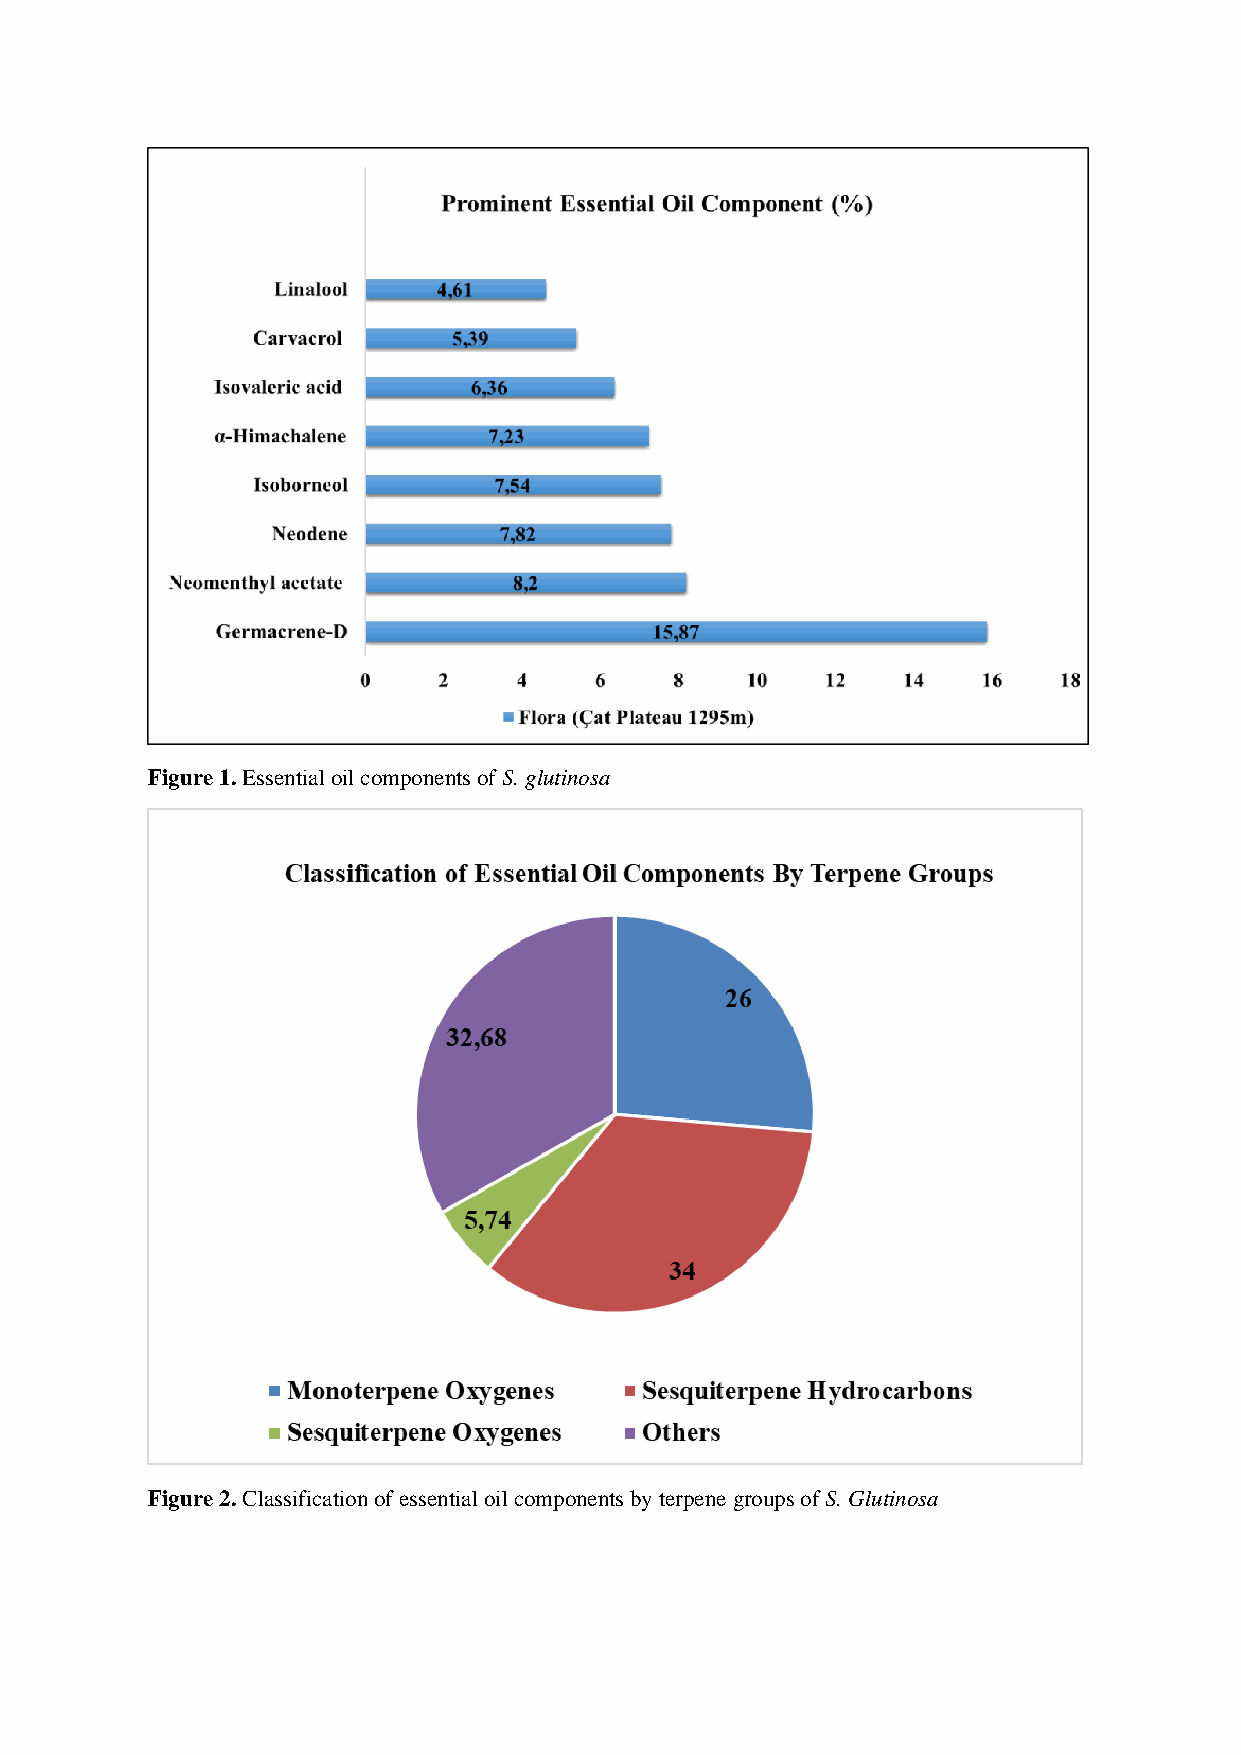
Figure 1. Essential oil components of S. glutinosa
 Figure 2. Classification of essential oil components by terpene groups of S. Glutinosa